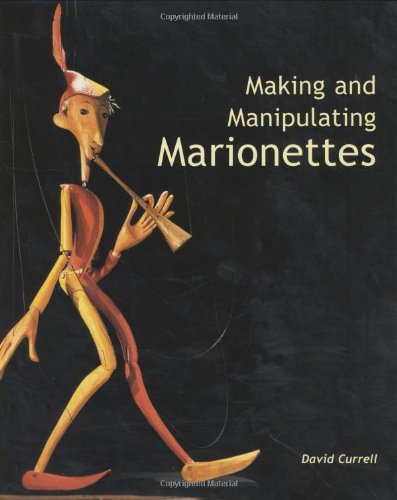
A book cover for Making and Manipulating Marionettes; David Currell; Crafts, Hobbies & Home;